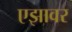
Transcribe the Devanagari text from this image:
एझावर